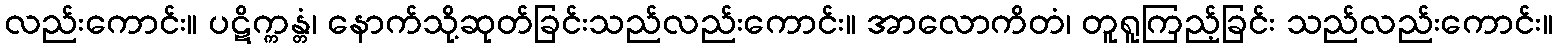
လည်းကောင်း။ ပဋိက္ကန္တံ၊ နောက်သို့ဆုတ်ခြင်းသည်လည်းကောင်း။ အာလောကိတံ၊ တူရူကြည့်ခြင်း သည်လည်းကောင်း။